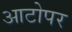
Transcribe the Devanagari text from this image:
आटोपर